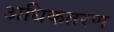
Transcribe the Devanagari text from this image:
अधिकतरण